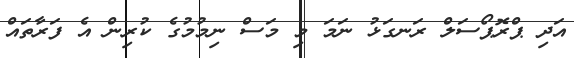
އަދި ޕްރޮޕޯސަލް ރަނގަޅު ނަމަ މި މަސް ނިމުމުގެ ކުރިން އެ ފަރާތައް